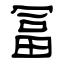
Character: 冨